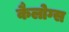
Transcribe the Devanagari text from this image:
कैलोग्स